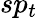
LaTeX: sp_{t}